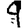
Digit: 9